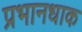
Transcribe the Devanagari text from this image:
प्रभानधाक